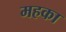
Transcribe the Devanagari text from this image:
महका